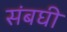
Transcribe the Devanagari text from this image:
संबघी